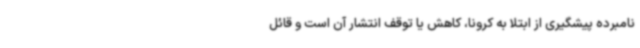
نامبرده پیشگیری از ابتلا به کرونا، کاهش یا توقف انتشار آن است و قائل